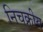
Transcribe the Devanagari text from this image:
निचक्रीय